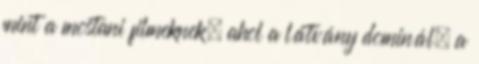
mint a mostani filmeknek, ahol a látvány dominál, a